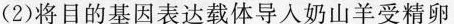
(2)将目的基因表达载体导入奶山羊受精卵